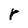
Character: r